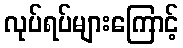
လုပ်ရပ်များကြောင့်